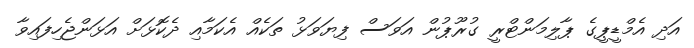
އަދި އެމްޑީޕީގެ ޕާލިމަންޓްރީ ގުރޫޕުން އަވަސް ފިޔަވަޅު ތަކެއް އެކަމާއި ދެކޮޅަށް އަޅަންޖެހިފައިވާ